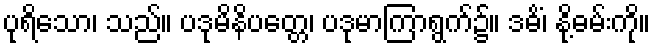
ပုရိသော၊ သည်။ ပဒုမိနိပတ္တေ၊ ပဒုမာကြာရွက်၌။ ဒဓိံ၊ နို့ဓမ်းကို။